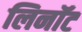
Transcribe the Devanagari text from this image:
लिनॉट